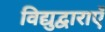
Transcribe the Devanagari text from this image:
विद्युद्वाराएँ